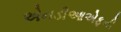
એનડીઆએફની